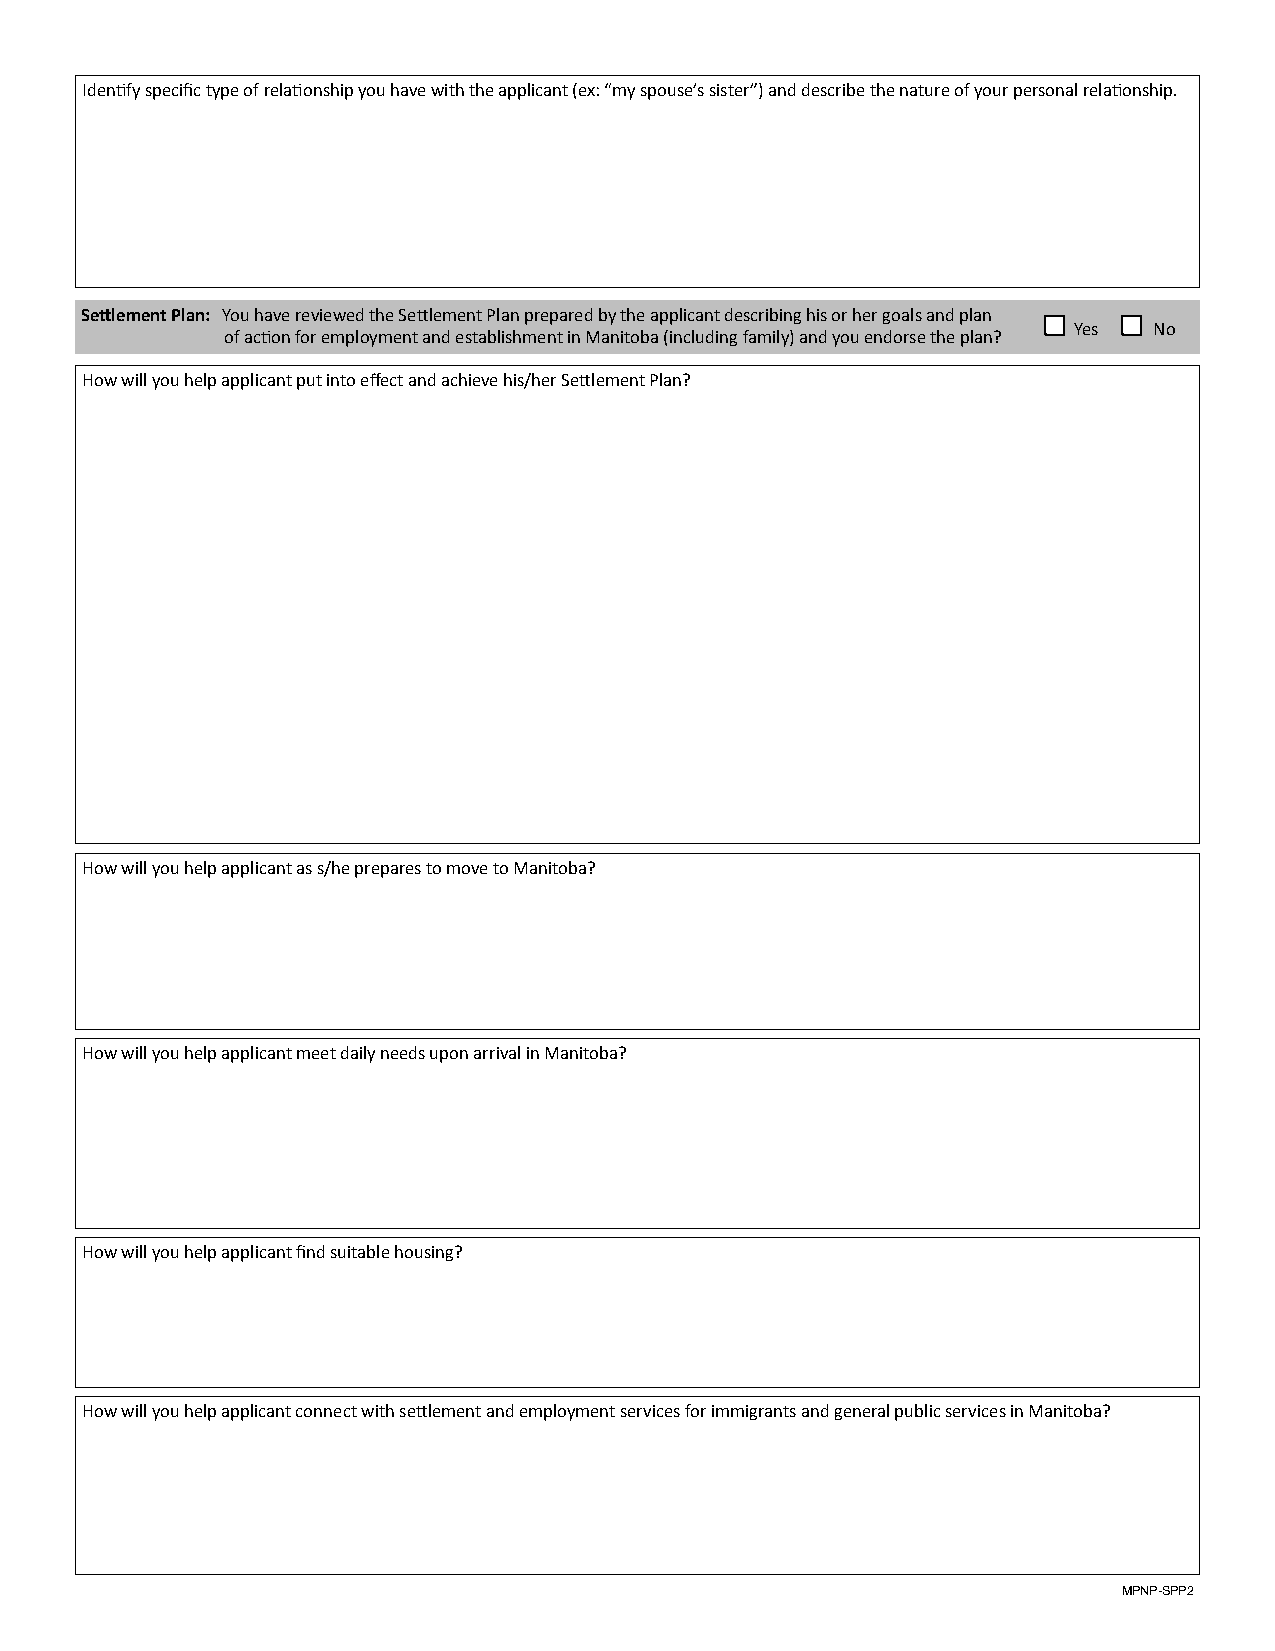
Identify specific type of relationship you have with the applicant (ex: “my spouse’s sister”) and describe the nature of your personal relationship.
 Settlement Plan: You have reviewed the Settlement Plan prepared by the applicant describing his or her goals and plan
 Yes  No
 of action for employment and establishment in Manitoba (including family) and you endorse the plan?
 How will you help applicant put into effect and achieve his/her Settlement Plan?
 How will you help applicant as s/he prepares to move to Manitoba?
 How will you help applicant meet daily needs upon arrival in Manitoba?
 How will you help applicant find suitable housing?
 How will you help applicant connect with settlement and employment services for immigrants and general public services in Manitoba?
 MPNP-SPP2